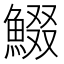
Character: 𩸯